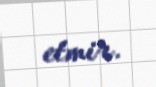
etmir.